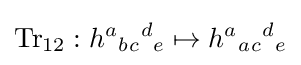
\mathrm {Tr} _{12}:h{}^{a}{}_{b}{}_{c}{}^{d}{}_{e}\mapsto h{}^{a}{}_{a}{}_{c}{}^{d}{}_{e}